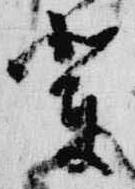
輩